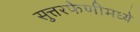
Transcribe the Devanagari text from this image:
सुत्तरफेणीमध्ये